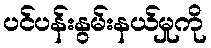
ပင်ပန်းနွမ်းနယ်မှုကို